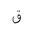
Letter: _qaf